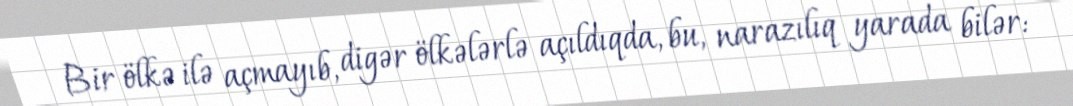
Bir ölkə ilə açmayıb, digər ölkələrlə açıldıqda, bu, narazılıq yarada bilər: